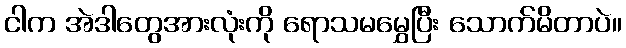
ငါက အဲဒါတွေအားလုံးကို ရောသမမွှေပြီး သောက်မိတာပဲ။